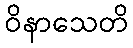
ဝိနာသေတိ